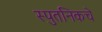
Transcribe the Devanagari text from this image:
स्पुतनिकचे